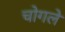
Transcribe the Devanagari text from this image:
चोगले